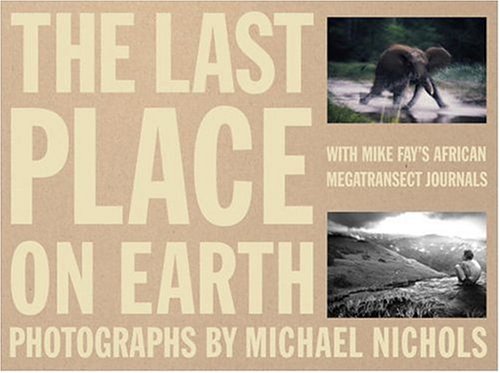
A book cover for Last Place on Earth (v. 1&2); Mike Fay; Travel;